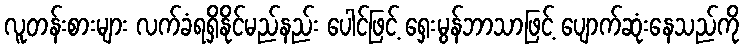
လူတန်းစားများ လက်ခံရရှိနိုင်မည်နည်း ပေါင်ဖြင့် ရှေးမွန်ဘာသာဖြင့် ပျောက်ဆုံးနေသည်ကို